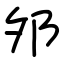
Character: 邜